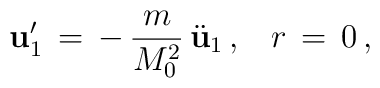
{\bf u}_1 '\,=\,-\,\frac{m}{M_0^2}\,\ddot{\bf u}_{1}\,{,}\quad r\,=\,0\,{,}